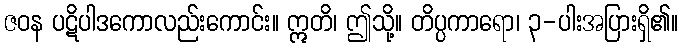
ဇဝန ပဋိပါဒကောလည်းကောင်း။ ဣတိ၊ ဤသို့။ တိပ္ပကာရော၊ ၃-ပါးအပြားရှိ၏။